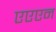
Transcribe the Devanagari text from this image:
एएएन